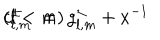
c _ { l , m } ^ { \pm } \; = \; g _ { l , m } ^ { \pm } + x ^ { - 1 } \hspace { 2 c m } ( l < m )